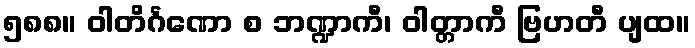
၅၈၈။ ဝါတိင်္ဂဏော စ ဘဏ္ဍာကီ၊ ဝါတ္တာကီ ဗြဟတီ ပျထ။